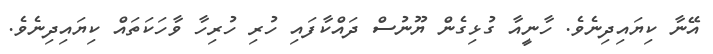
އޭނާ ކިޔައިދިނެވެ. ހާނީއާ ގުޅިގެން ޔޫނުސް ދައްކާފައި ހުރި ހުރިހާ ވާހަކަތައް ކިޔައިދިނެވެ.